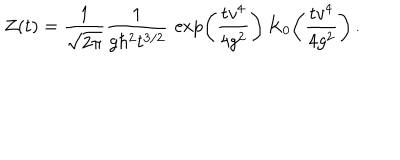
LaTeX: Z ( t ) = { \frac { 1 } { \sqrt { 2 \pi } } } { \frac { 1 } { g \hbar ^ { 2 } t ^ { 3 / 2 } } } \, \exp \! \left( { \frac { t v ^ { 4 } } { 4 g ^ { 2 } } } \right) K _ { 0 } \! \left( { \frac { t v ^ { 4 } } { 4 g ^ { 2 } } } \right) .